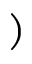
)